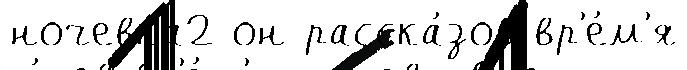
ночевка2 он расска́зов вр'е́м'я